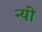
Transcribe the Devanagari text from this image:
न्यी